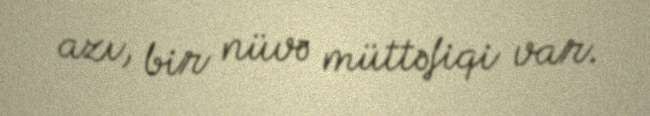
azı, bir nüvə müttəfiqi var.